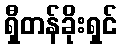
ရှီတန်ခိုးရှင်